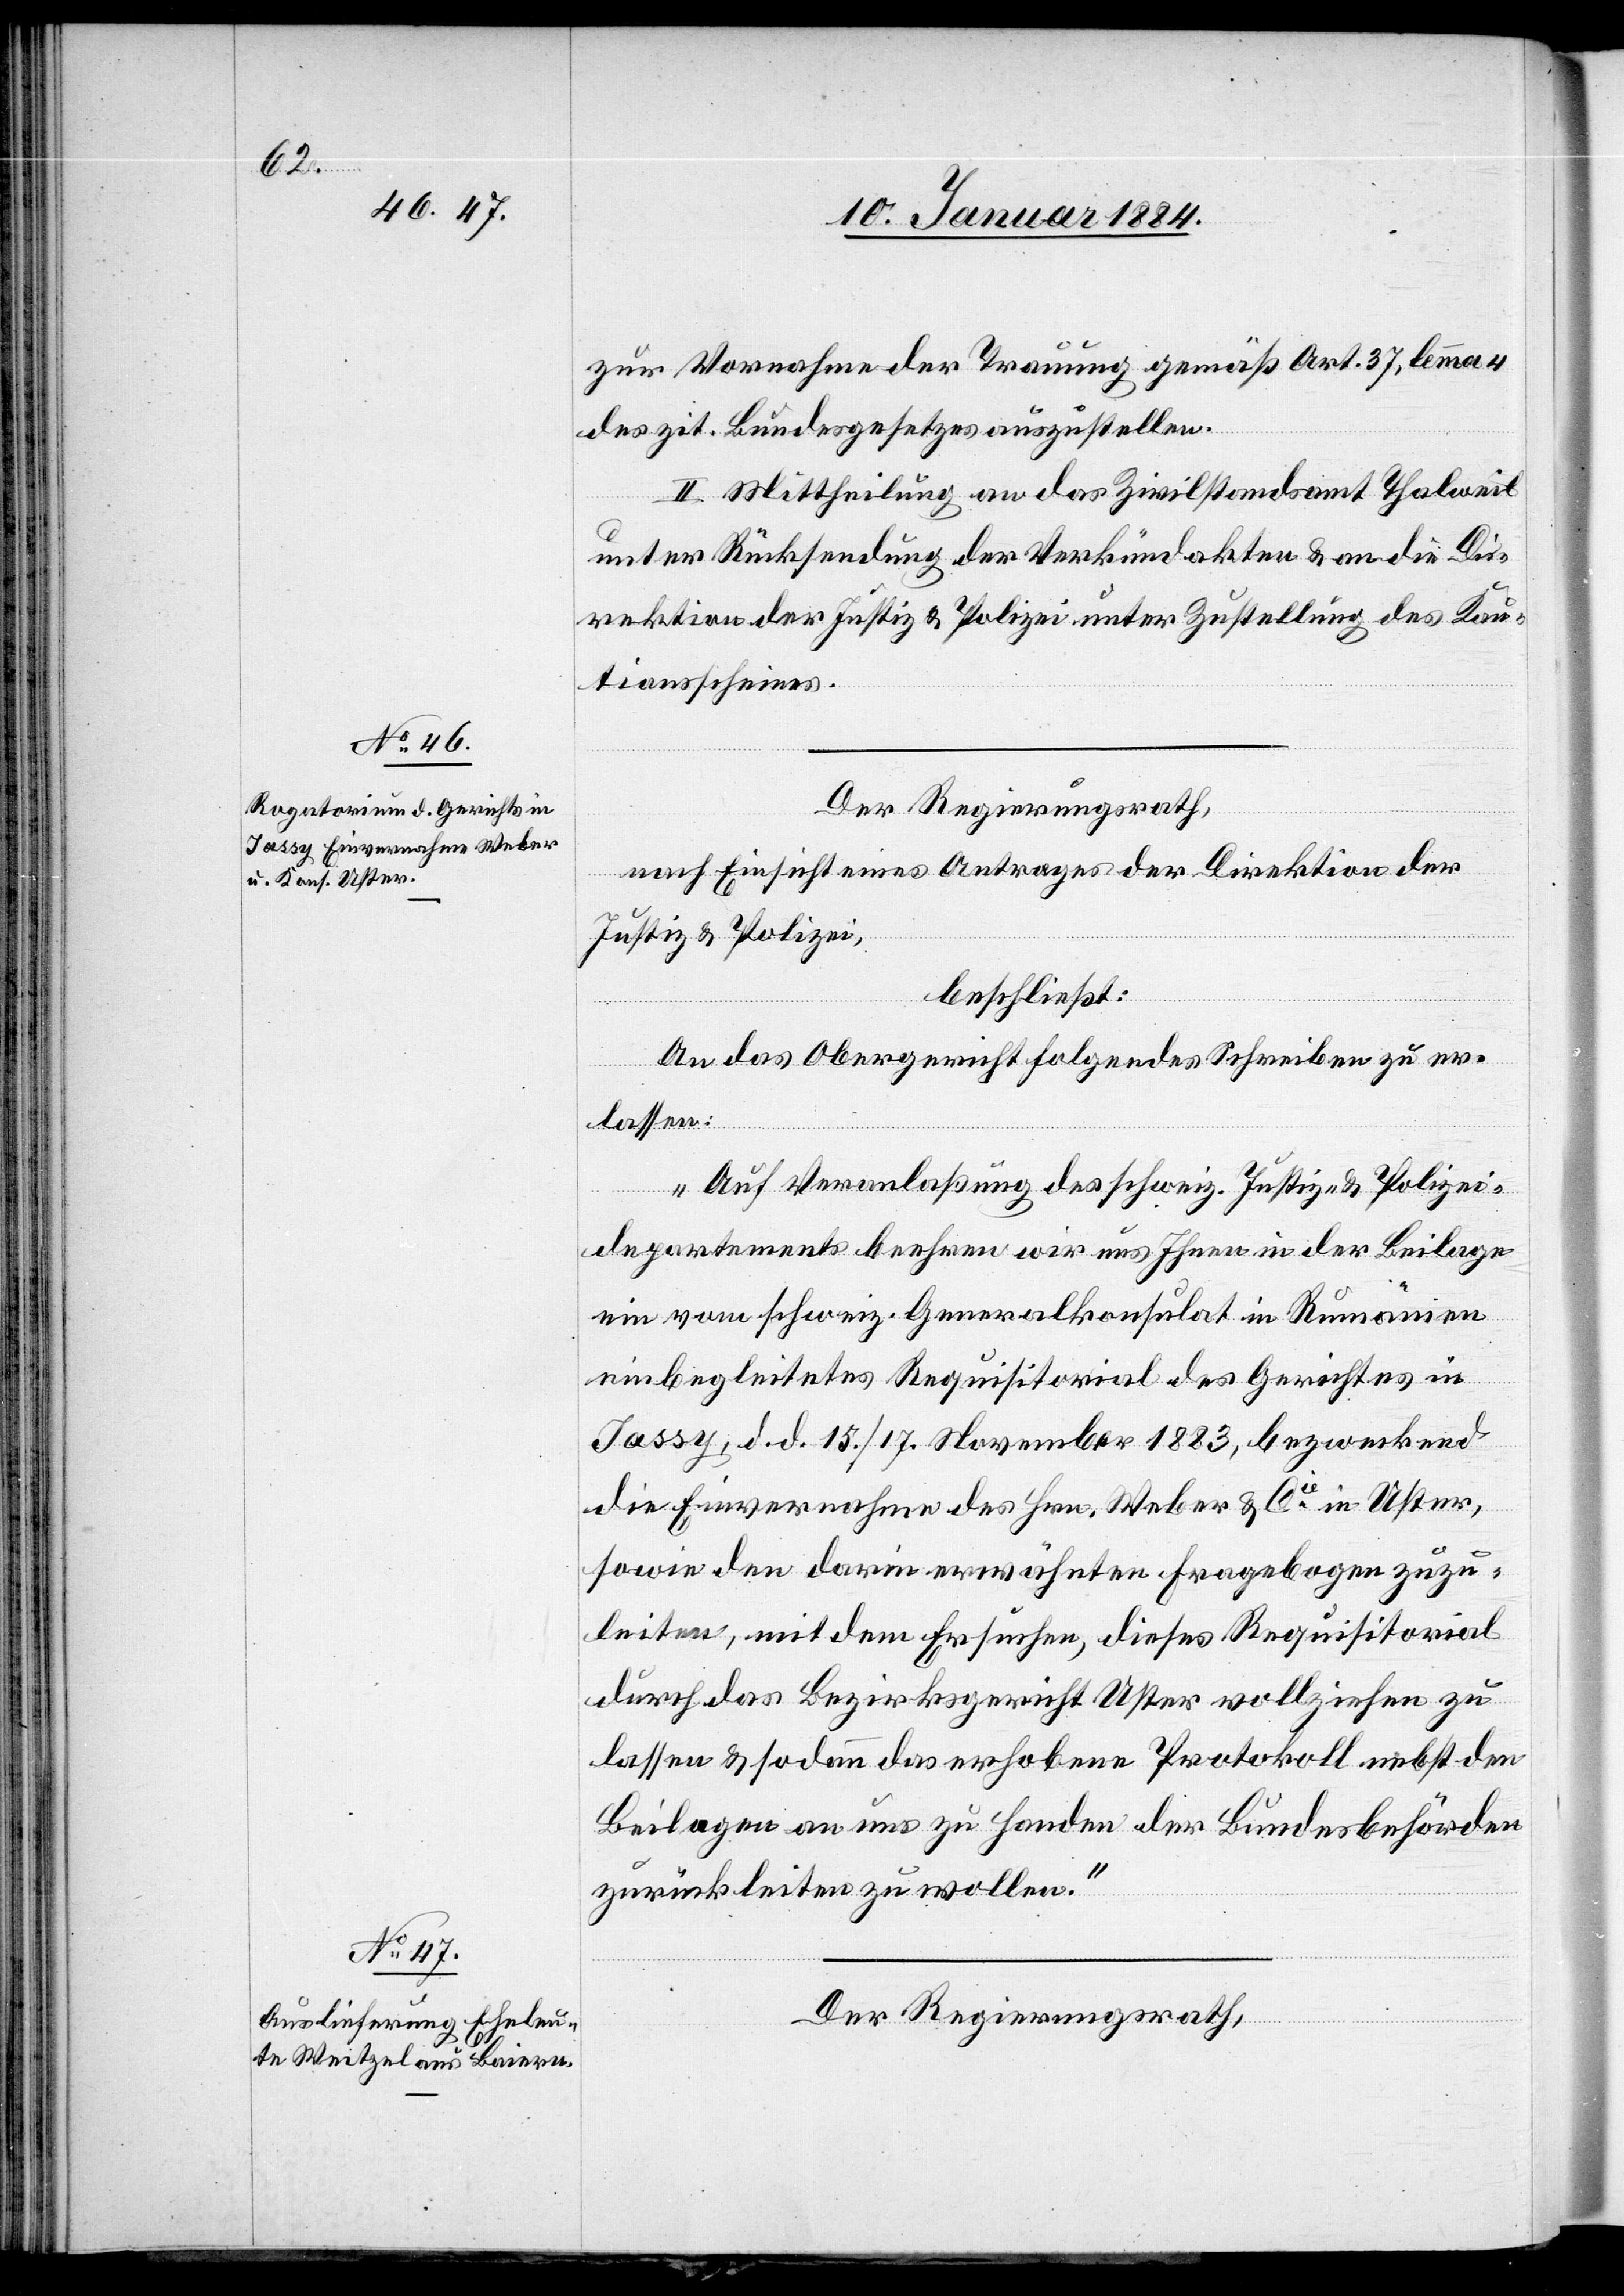
zur Vornahme der Trauung gemäß Art. 37, lemma 4
des zit. Bundesgesetzes auszustellen.
II. Mittheilung an das Zivilstandesamt Thalweil
unter Rücksendung der Verkündakten & an die Di¬
rektion der Justiz & Polizei unter Zustellung des Kau¬
tionsscheines.
Der Regierungsrath,
nach Einsicht eines Antrages der Direktion der
Justiz & Polizei,
beschließt:
An das Obergericht folgendes Schreiben zu er¬
lassen:
„Auf Veranlaßung des schweiz. Justiz- & Polizei¬
departement beehren wir uns Ihnen in der Beilage
ein vom schweiz. Generalkonsulat in Rumänien
einbegleitetes Requisitorial des Gerichtes in
Jassy, d. d. 15./17. November 1883, bezweckend
die Einvernahmen des Hrn. Weber & Cie. in Uster,
sowie den darin erwähnten Fragebogen zuzu¬
leiten, mit dem Ersuchen, dieses Requisitorial
durch das Bezirksgericht Uster vollziehen zu
lassen & sodann das erhobene Protokoll nebst den
Beilagen an und zu Handen der Bundesbehörden
zurückleiten zu wollen.“
Der Regierungsrath,